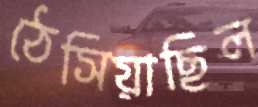
ঠেসিয়াছিল